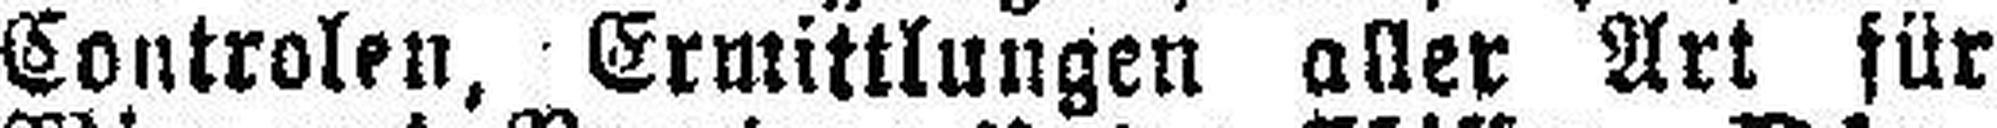
Controlen, Ermittlungen aller Art für